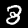
Label: 3